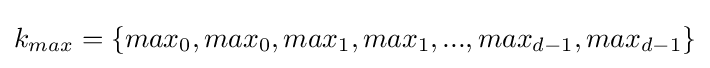
k_{max}=\{max_{0},max_{0},max_{1},max_{1},...,max_{d-1},max_{d-1}\}